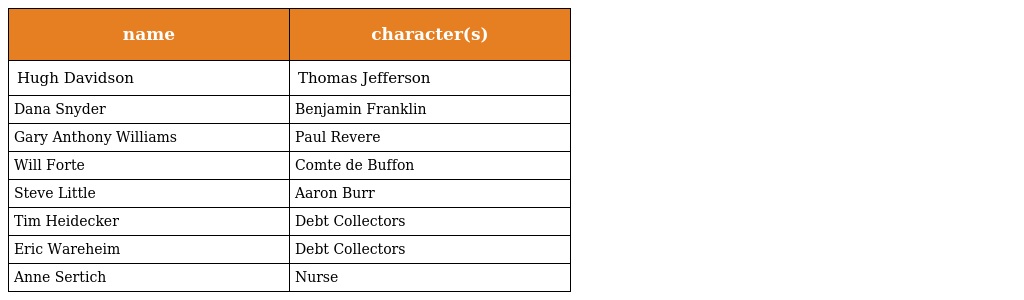
| name | character(s) |
 | --- | --- |
 | Hugh Davidson | Thomas Jefferson |
 | Dana Snyder | Benjamin Franklin |
 | Gary Anthony Williams | Paul Revere |
 | Will Forte | Comte de Buffon |
 | Steve Little | Aaron Burr |
 | Tim Heidecker | Debt Collectors |
 | Eric Wareheim | Debt Collectors |
 | Anne Sertich | Nurse |